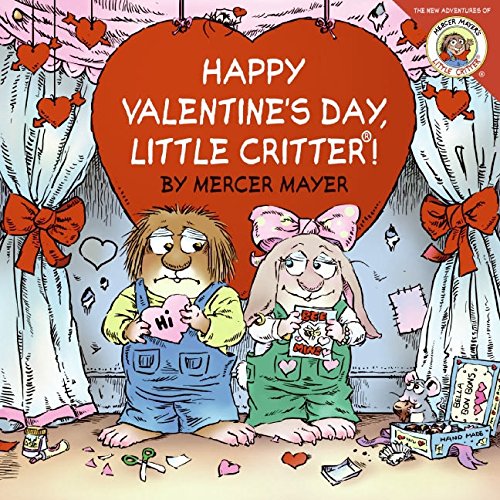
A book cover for Little Critter: Happy Valentine's Day, Little Critter!; Mercer Mayer; Children's Books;